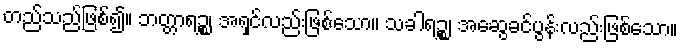
တည်သည်ဖြစ်၍။ ဘတ္တာရဉ္စ၊ အရှင်လည်းဖြစ်သော။ သခါရဉ္စ၊ အဆွေခင်ပွန်းလည်းဖြစ်သော။